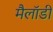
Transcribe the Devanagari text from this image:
मैलॉडी